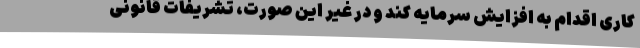
کاری اقدام به افزایش سرمایه کند و در غیر این صورت، تشریفات قانونی